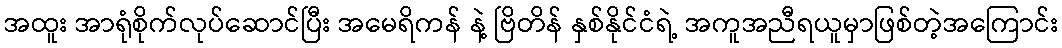
အထူး အာရုံစိုက်လုပ်ဆောင်ပြီး အမေရိကန် နဲ့ ဗြိတိန် နှစ်နိုင်ငံရဲ့ အကူအညီရယူမှာဖြစ်တဲ့အကြောင်း